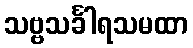
သဗ္ဗသင်္ခါရသမထာ